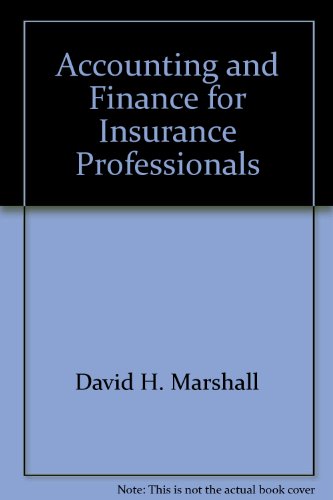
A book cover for Accounting and Finance for Insurance Professionals; David H. Marshall; Business & Money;